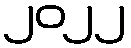
၂၀၂၂